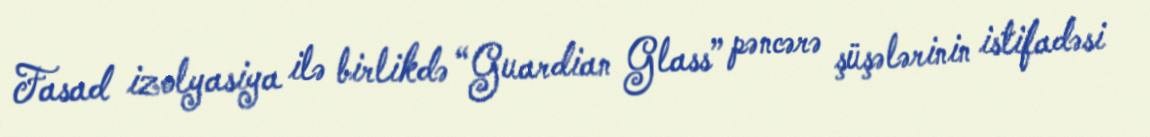
Fasad izolyasiya ilə birlikdə “Guardian Glass” pəncərə şüşələrinin istifadəsi